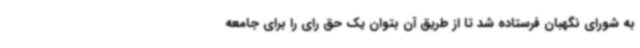
به شورای نگهبان فرستاده شد تا از طریق آن بتوان یک حق رای را برای جامعه